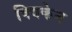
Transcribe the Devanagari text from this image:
क्विकेन